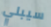
سيبلي